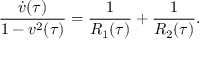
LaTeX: \frac { \dot { v } ( \tau ) } { 1 - v ^ { 2 } ( \tau ) } = \frac { 1 } { R _ { 1 } ( \tau ) } + \frac { 1 } { R _ { 2 } ( \tau ) } .